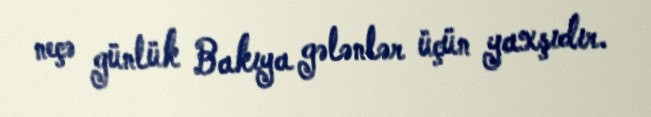
neçə günlük Bakıya gələnlər üçün yaxşıdır.